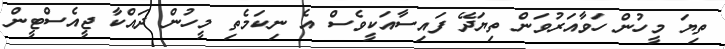
ތިޔަ މީހުން ހަވާއަރުވަން ތިޔަދޭ ފައިސާއަކީވެސް އެ ނިކަމެތި މީހުން ދައްކާ ޖީއެސްޓީން